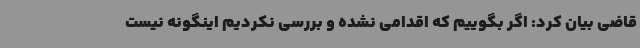
قاضی بیان کرد: اگر بگوییم که اقدامی نشده و بررسی نکردیم اینگونه نیست